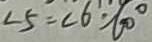
\angle 5 = \angle 6 = 6 0 ^ { \circ }